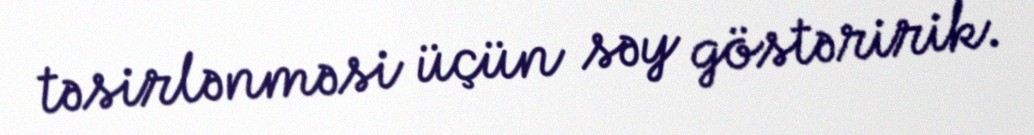
təsirlənməsi üçün səy göstəririk.